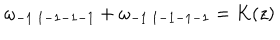
\omega _ { - 1 \ 1 - 1 - 1 - 1 } + \omega _ { - 1 \ 1 - 1 - 1 - 1 } = K ( z )